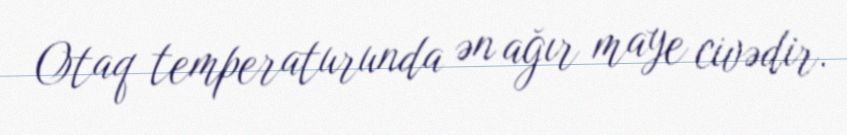
Otaq temperaturunda ən ağır maye civədir.